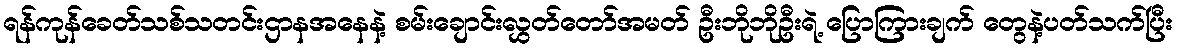
ရန်ကုန်ခေတ်သစ်သတင်းဌာနအနေနဲ့ စမ်းချောင်းလွှတ်တော်အမတ် ဦးဘိုဘိုဦးရဲ့ ပြောကြားချက် တွေနဲ့ပတ်သက်ပြီး